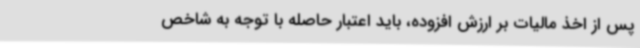
پس از اخذ مالیات بر ارزش‌ افزوده، باید اعتبار حاصله با توجه به شاخص